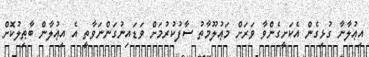
އިޢުލާނާ ގުޅިގެން އެކަށީގެންވާ ވަރަށް މަޢުލޫމާތު ސާފުކުރުމަށް ވަޑައިނުގަންނަވާތީ އެ އިޢުލާން ބާޠިލުކޮށް